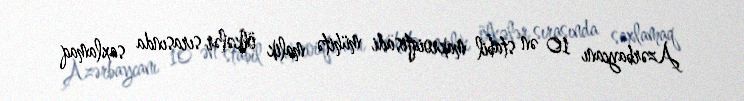
Azərbaycanı 10 ən stabil makroiqtisadi mühitə malik ölkələr sırasında saxlamaq